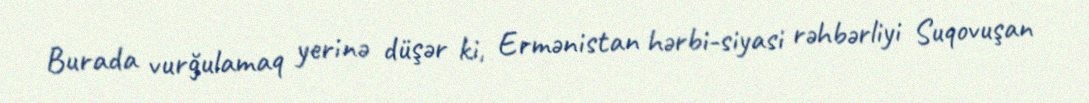
Burada vurğulamaq yerinə düşər ki, Ermənistan hərbi-siyasi rəhbərliyi Suqovuşan